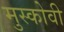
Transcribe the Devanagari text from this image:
मुस्कोवी